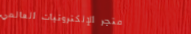
متجر الإلكترونيات العالمي